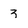
Character: 3